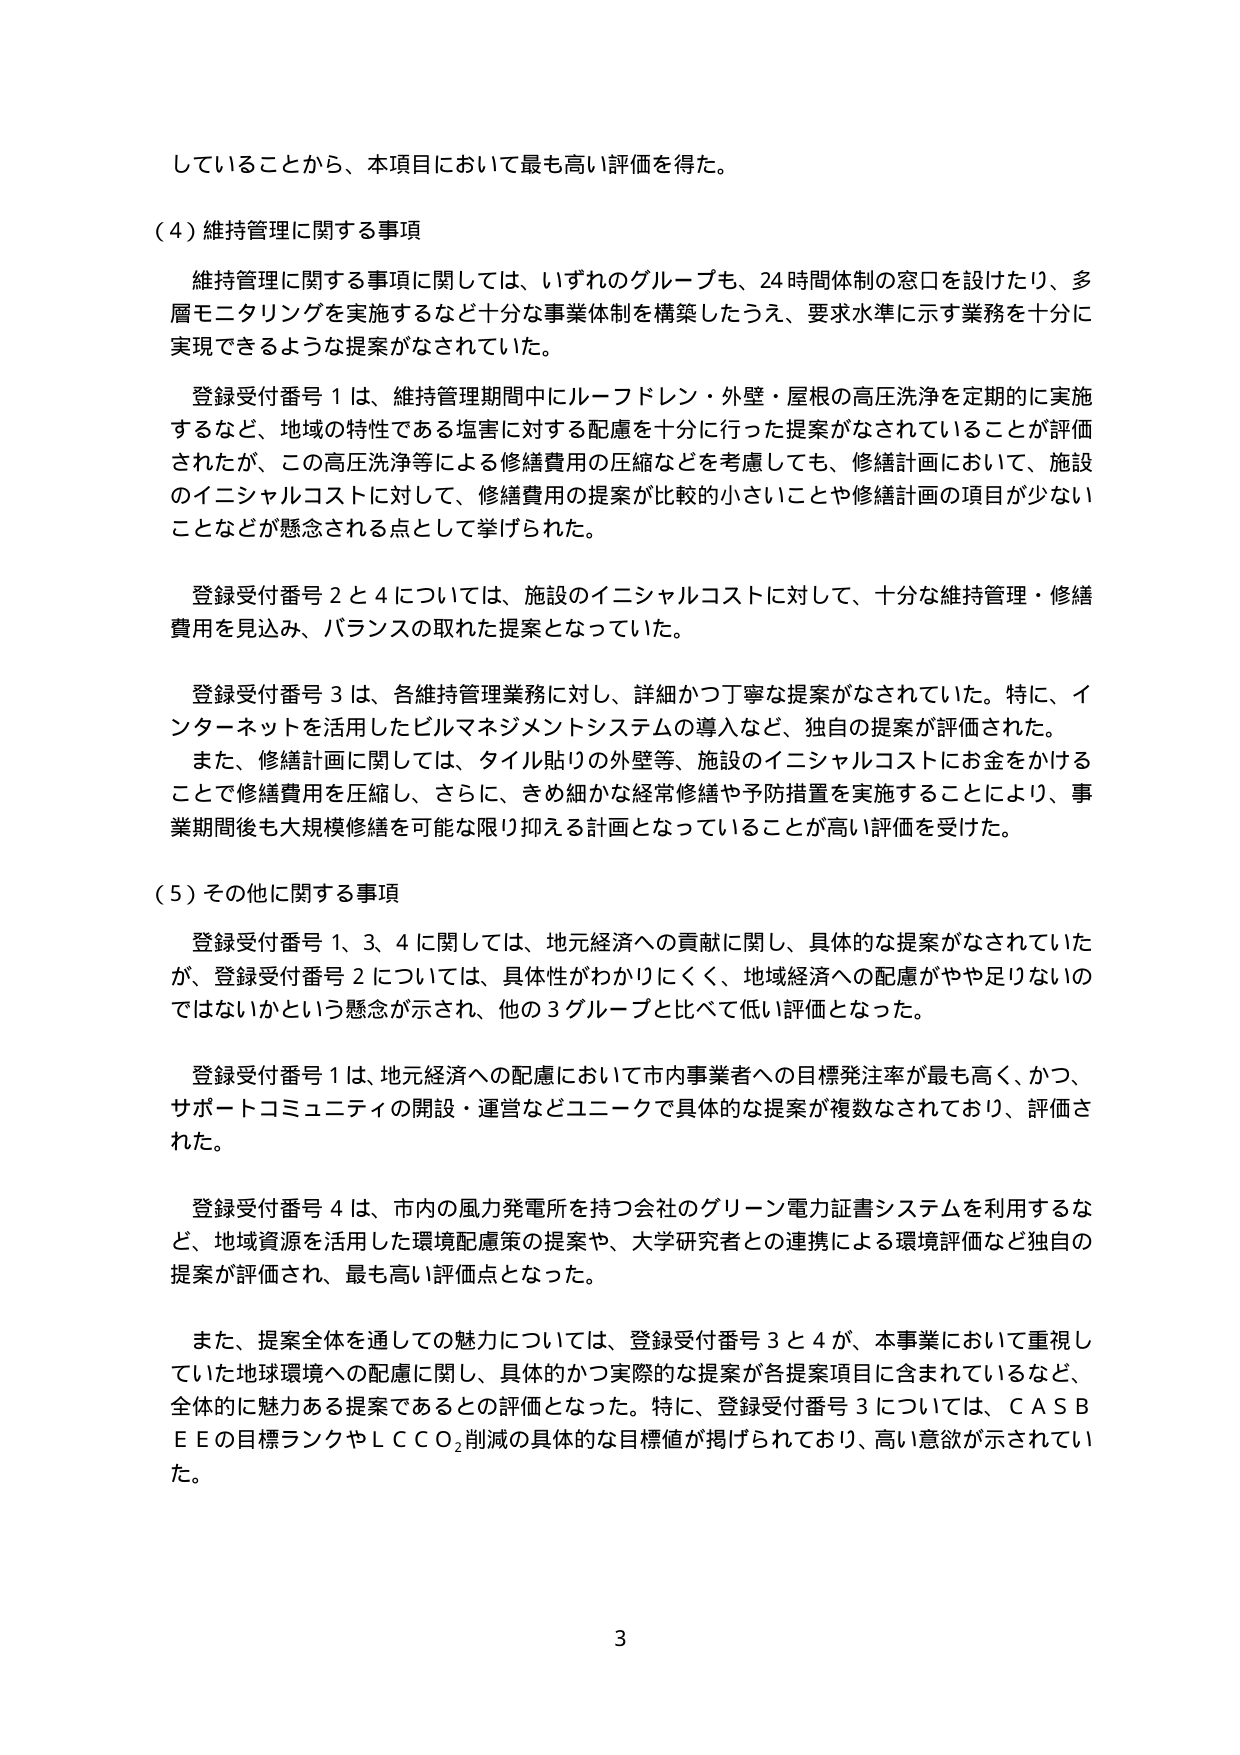
していることから、本項目において最も高い評価を得た。

（４）維持管理に関する事項

　維持管理に関する事項に関しては、いずれのグループも、24時間体制の窓口を設けたり、多層モニタリングを実施するなど十分な事業体制を構築したうえ、要求水準に示す業務を十分に実現できるような提案がなされていた。

　登録受付番号１は、維持管理期間中にルーフドレン・外壁・屋根の高圧洗浄を定期的に実施するなど、地域の特性である塩害に対する配慮を十分に行った提案がなされていることが評価されたが、この高圧洗浄等による修繕費用の圧縮などを考慮しても、修繕計画において、施設のイニシャルコストに対して、修繕費用の提案が比較的小さいことや修繕計画の項目が少ないことなどが懸念される点として挙げられた。

　登録受付番号２と４については、施設のイニシャルコストに対して、十分な維持管理・修繕費用を見込み、バランスの取れた提案となっていた。

　登録受付番号３は、各維持管理業務に対し、詳細かつ丁寧な提案がなされていた。特に、インターネットを活用したビルマネジメントシステムの導入など、独自の提案が評価された。また、修繕計画に関しては、タイル貼りの外壁等、施設のイニシャルコストにお金をかけることで修繕費用を圧縮し、さらに、きめ細かな経常修繕や予防措置を実施することにより、事業期間後も大規模修繕を可能な限り抑える計画となっていることが高い評価を受けた。

（５）その他に関する事項

　登録受付番号１、３、４に関しては、地元経済への貢献に関し、具体的な提案がなされていたが、登録受付番号２については、具体性がわかりにくく、地域経済への配慮がやや足りないのではないかという懸念が示され、他の３グループと比べて低い評価となった。

　登録受付番号１は、地元経済への配慮において市内事業者への目標発注率が最も高く、かつ、サポートコミュニティの開設・運営などユニークで具体的な提案が複数なされており、評価された。

　登録受付番号４は、市内の風力発電所を持つ会社のグリーン電力証書システムを利用するなど、地域資源を活用した環境配慮策の提案や、大学研究者との連携による環境評価など独自の提案が評価され、最も高い評価点となった。

　また、提案全体を通じての魅力については、登録受付番号３と４が、本事業において重視していた地球環境への配慮に関し、具体的かつ実際的な提案が各提案項目に含まれているなど、全体的に魅力ある提案であるとの評価となった。特に、登録受付番号３については、ＣＡＳＢＥＥの目標ランクやＬＣＣＯ₂削減の具体的な目標値が掲げられており、高い意欲が示されていた。

3